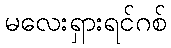
မလေးရှားရင်ဂစ်